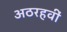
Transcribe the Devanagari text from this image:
अठरहवीं